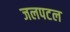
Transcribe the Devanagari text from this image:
जलपटल